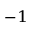
^ { - 1 }